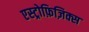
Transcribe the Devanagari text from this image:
एस्ट्रोफ़िज़िक्स